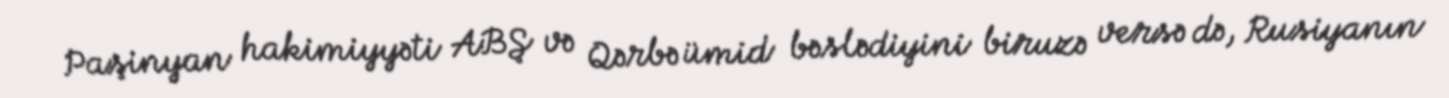
Paşinyan hakimiyyəti ABŞ və Qərbə ümid bəslədiyini biruzə versə də, Rusiyanın